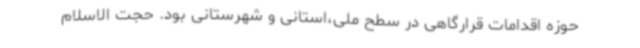
حوزه اقدامات قرارگاهی در سطح ملی،استانی و شهرستانی بود. حجت الاسلام